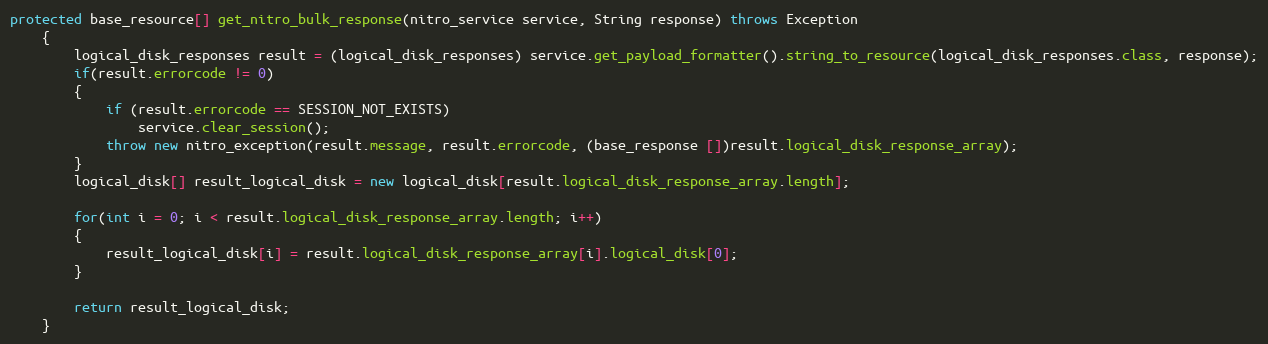
Language: Java
protected base_resource[] get_nitro_bulk_response(nitro_service service, String response) throws Exception
	{
		logical_disk_responses result = (logical_disk_responses) service.get_payload_formatter().string_to_resource(logical_disk_responses.class, response);
		if(result.errorcode != 0)
		{
			if (result.errorcode == SESSION_NOT_EXISTS)
				service.clear_session();
			throw new nitro_exception(result.message, result.errorcode, (base_response [])result.logical_disk_response_array);
		}
		logical_disk[] result_logical_disk = new logical_disk[result.logical_disk_response_array.length];

		for(int i = 0; i < result.logical_disk_response_array.length; i++)
		{
			result_logical_disk[i] = result.logical_disk_response_array[i].logical_disk[0];
		}

		return result_logical_disk;
	}